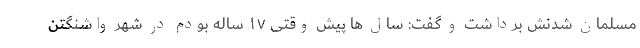
مسلمان شدنش برداشت و گفت: سال ها پیش وقتی ۱۷ ساله بودم در شهر واشنگتن